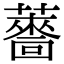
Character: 𮒙